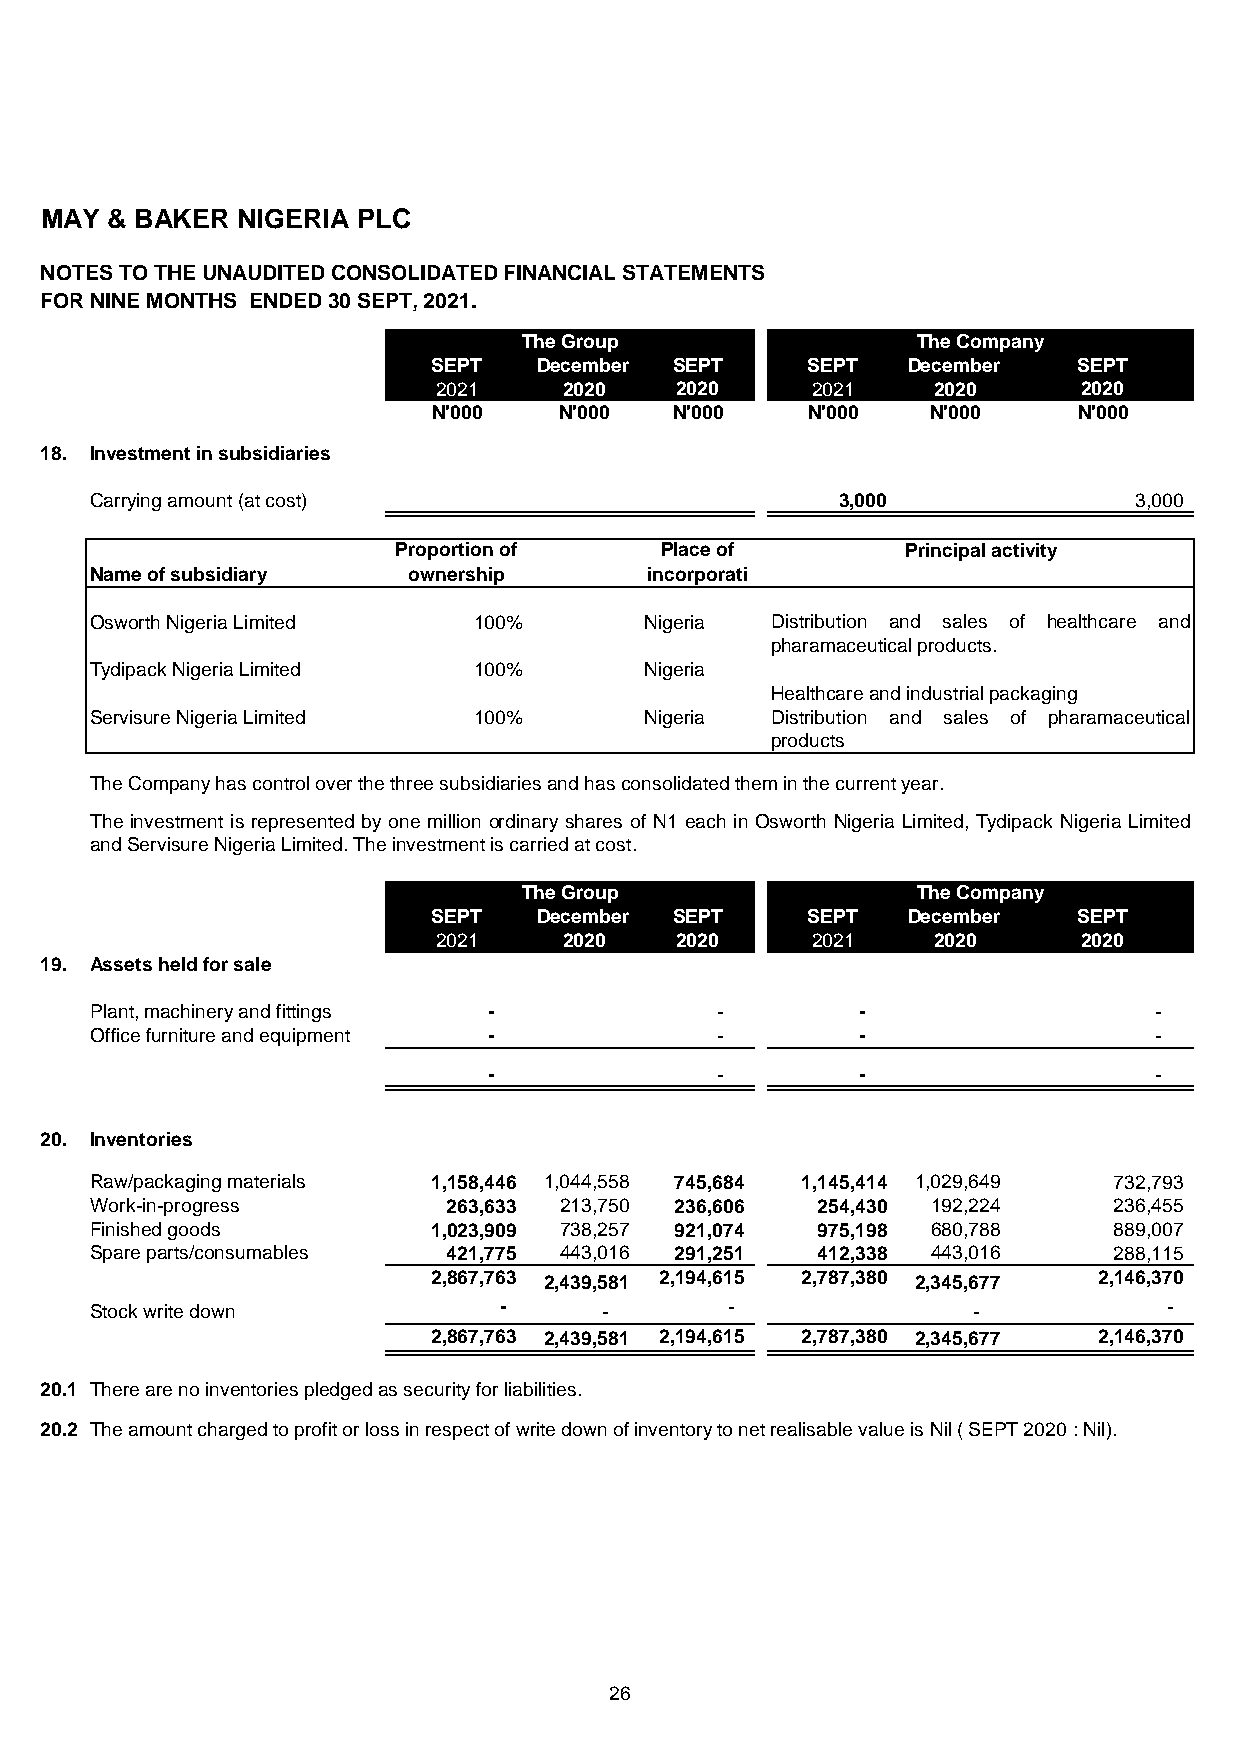
MAY & BAKER  NIGERIA PLC
 NOTES TO THE UNAUDITED CONSOLIDATED FINANCIAL STATEMENTS
 FOR NINE MONTHS ENDED 30 SEPT, 2021.
 The Group                 The Company
 SEPT   December SEPT    SEPT   December   SEPT
 2021    2020    2020     2021    2020      2020
 N'000   N'000   N'000   N'000    N'000    N'000
 18. Investment in subsidiaries
 Carrying amount (at cost)                        3,000               3,000
 Proportion of     Place of        Principal activity
 Name of subsidiary   ownership       incorporati
 Osworth Nigeria Limited  100%        Nigeria Distribution and sales of healthcare and
 pharamaceutical products.
 Tydipack Nigeria Limited 100%        Nigeria
 Healthcare and industrial packaging
 Servisure Nigeria Limited 100%       Nigeria Distribution and sales of pharamaceutical
 products
 The Company has control over the three subsidiaries and has consolidated them in the current year.
 The investment is represented by one million ordinary shares of N1 each in Osworth Nigeria Limited, Tydipack Nigeria Limited
 and Servisure Nigeria Limited. The investment is carried at cost.
 The Group                 The Company
 SEPT   December SEPT    SEPT   December   SEPT
 2021    2020    2020     2021    2020      2020
 19. Assets held for sale
 Plant, machinery and fittings -          -         -                  -
 Office furniture and equipment -         -         -                  -
 -              -         -                  -
 20. Inventories
 Raw/packaging materials 1,158,446 1,044,558 745,684 1,145,414 1,029,649 732,793
 Work-in-progress        263,633 213,750 236,606 254,430 192,224     236,455
 Finished goods         1,023,909 738,257 921,074 975,198 680,788    889,007
 Spare parts/consumables 421,775 443,016 291,251 412,338 443,016     288,115
 2,867,763 2,439,581 2,194,615 2,787,380 2,345,677 2,146,370
 Stock write down           -      -       -               -            -
 2,867,763 2,439,581 2,194,615 2,787,380 2,345,677 2,146,370
 20.1 There are no inventories pledged as security for liabilities.
 20.2 The amount charged to profit or loss in respect of write down of inventory to net realisable value is Nil ( SEPT 2020 : Nil).
 26